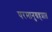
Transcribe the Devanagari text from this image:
परमानुग्रहप्राप्त